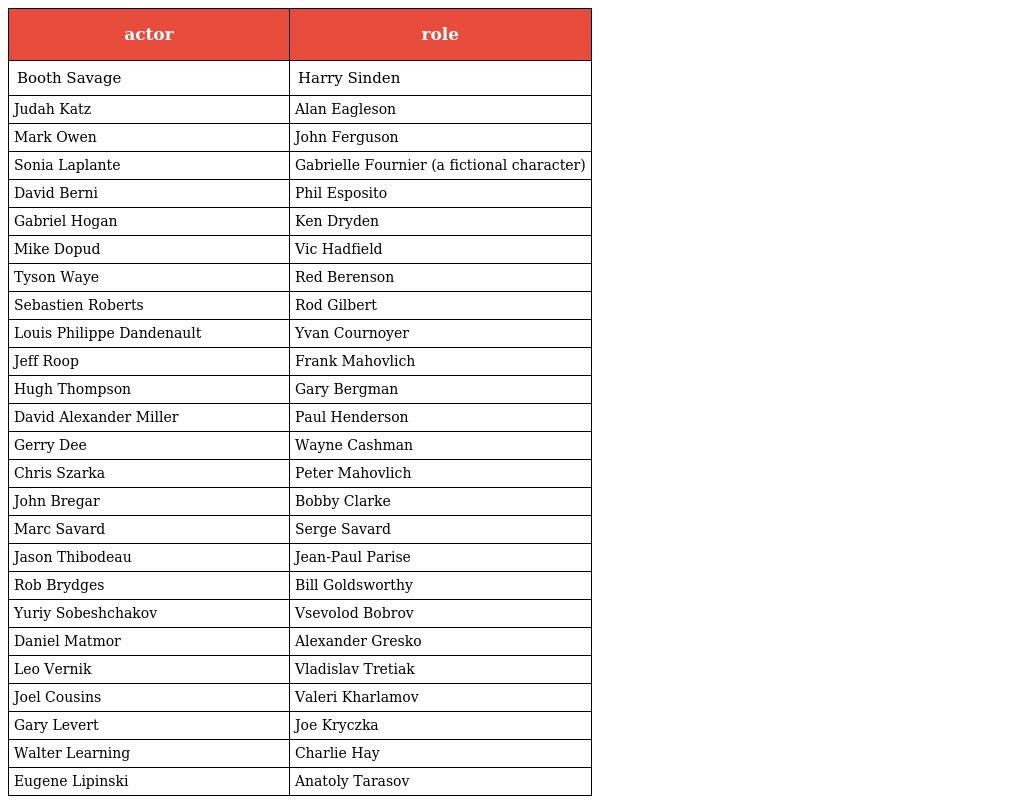
| actor | role |
 | --- | --- |
 | Booth Savage | Harry Sinden |
 | Judah Katz | Alan Eagleson |
 | Mark Owen | John Ferguson |
 | Sonia Laplante | Gabrielle Fournier (a fictional character) |
 | David Berni | Phil Esposito |
 | Gabriel Hogan | Ken Dryden |
 | Mike Dopud | Vic Hadfield |
 | Tyson Waye | Red Berenson |
 | Sebastien Roberts | Rod Gilbert |
 | Louis Philippe Dandenault | Yvan Cournoyer |
 | Jeff Roop | Frank Mahovlich |
 | Hugh Thompson | Gary Bergman |
 | David Alexander Miller | Paul Henderson |
 | Gerry Dee | Wayne Cashman |
 | Chris Szarka | Peter Mahovlich |
 | John Bregar | Bobby Clarke |
 | Marc Savard | Serge Savard |
 | Jason Thibodeau | Jean-Paul Parise |
 | Rob Brydges | Bill Goldsworthy |
 | Yuriy Sobeshchakov | Vsevolod Bobrov |
 | Daniel Matmor | Alexander Gresko |
 | Leo Vernik | Vladislav Tretiak |
 | Joel Cousins | Valeri Kharlamov |
 | Gary Levert | Joe Kryczka |
 | Walter Learning | Charlie Hay |
 | Eugene Lipinski | Anatoly Tarasov |